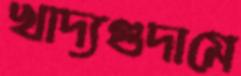
খাদ্যগুদামে